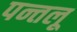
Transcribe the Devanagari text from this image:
पन्तलू